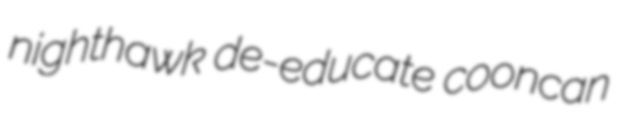
nighthawk de-educate cooncan